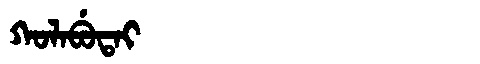
Manchu: ᡴᠣᠯᠠᠪᡠᡨᠠᡳ
Romanization: KOLABUTAI